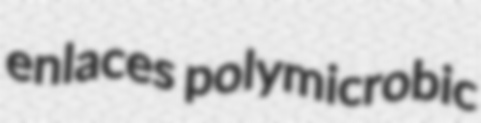
enlaces polymicrobic